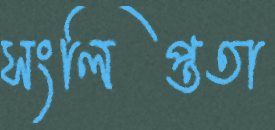
সংলিপ্ততা